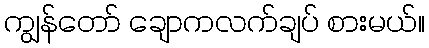
ကျွန်တော် ချောကလက်ချပ် စားမယ်။